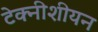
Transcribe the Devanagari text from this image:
टेक्नीशीयन